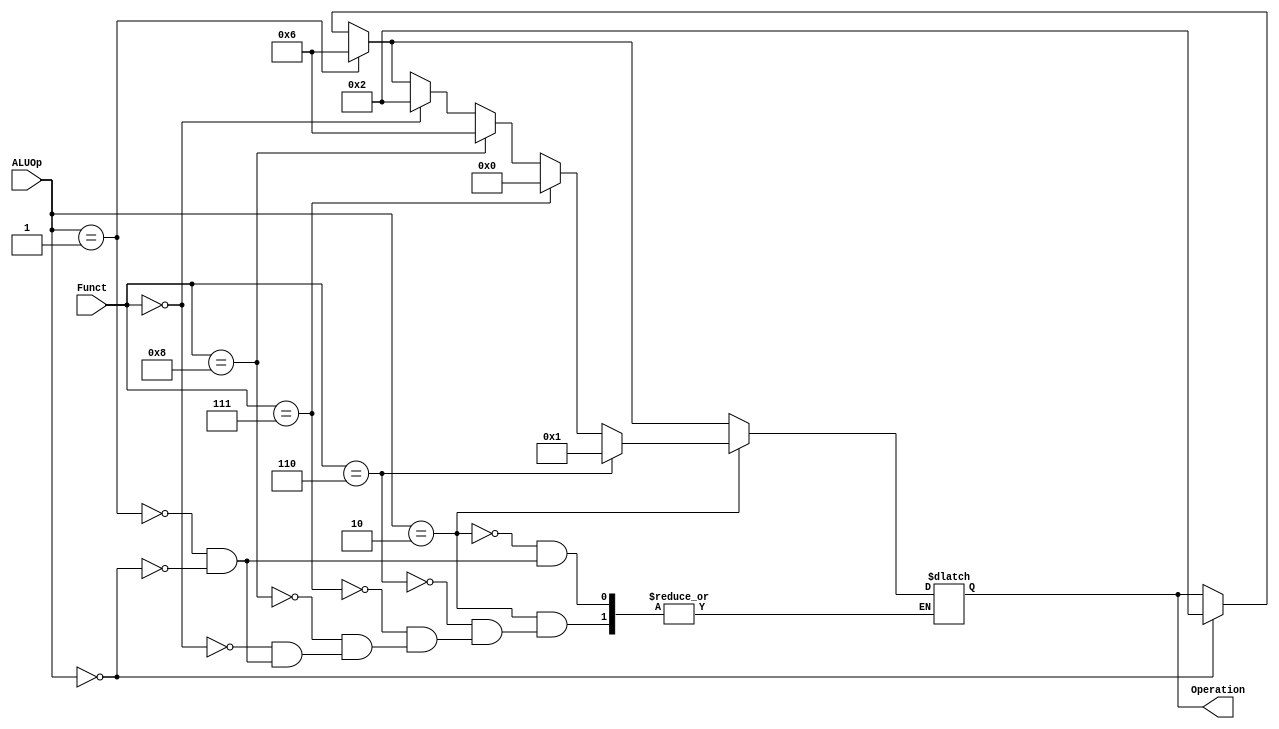
module ALU_Control (
	input [1:0] ALUOp,    
	input [3:0] Funct,
	output reg [3:0] Operation
	
);

	always @(ALUOp or Funct) begin
		if(ALUOp == 2'b00) begin
			Operation <= 4'b0010;  //I/S-Type (ld, sd)
		end

		if(ALUOp == 2'b01) begin
			Operation <= 4'b0110; //SB-Type (Beq)
		end

		if(ALUOp == 2'b10) begin
			if(Funct == 4'b0000) begin
				Operation <= 4'b0010; //Add
			end

			if(Funct == 4'b1000) begin
				Operation <= 4'b0110; //Subtract
			end

			if(Funct == 4'b0111) begin
				Operation <= 4'b0000; //AND? 
			end

			if(Funct == 4'b0110) begin
				Operation <= 4'b0001; //OR? 
			end
		end
	end

endmodule